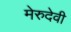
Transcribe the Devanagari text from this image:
मेरुदेवी